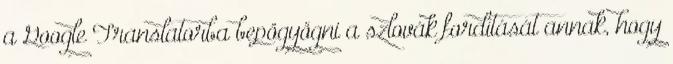
a Google Translatorba bepögyögni a szlovák fordítását annak, hogy